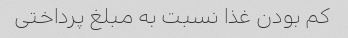
کم بودن غذا نسبت به مبلغ پرداختی